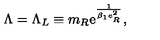
\Lambda = \Lambda _ { L } \equiv m _ { R } \mathrm { e } ^ { \frac { 1 } { \beta _ { 1 } e _ { R } ^ { 2 } } } ,